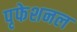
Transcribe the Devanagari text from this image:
पृफेशनल